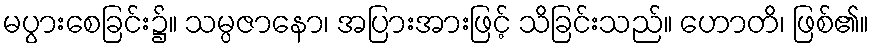
မပွားစေခြင်း၌။ သမ္ပဇာနော၊ အပြားအားဖြင့် သိခြင်းသည်။ ဟောတိ၊ ဖြစ်၏။